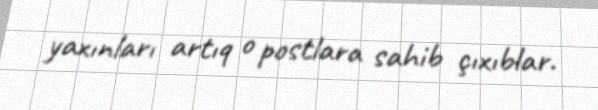
yaxınları artıq o postlara sahib çıxıblar.